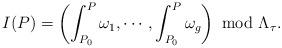
LaTeX: \begin{align*}I(P)=\left(\int_{P_0}^P\omega_1,\cdots,\int_{P_0}^P\omega_g\right)\ {\rm mod}\ \Lambda_\tau.\end{align*}